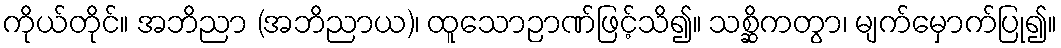
ကိုယ်တိုင်။ အဘိညာ (အဘိညာယ)၊ ထူသောဉာဏ်ဖြင့်သိ၍။ သစ္ဆိကတွာ၊ မျက်မှောက်ပြု၍။